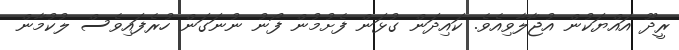
ރީދޫ އައްޔަކުން އުޖާލާވިއެވެ. ކައިދަން ގުޅަން ފެށުމުން ފޯނު ނުނަގަން ހުރެފައިވެސް ލުކުމާން